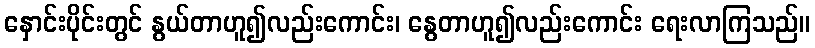
နှောင်းပိုင်းတွင် နွယ်တာဟူ၍လည်းကောင်း၊ နွေတာဟူ၍လည်းကောင်း ရေးလာကြသည်။